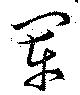
軍